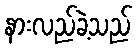
နားလည်ခဲ့သည်